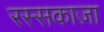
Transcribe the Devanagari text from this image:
रस्सकाज़ा